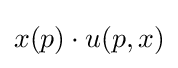
x(p)\cdot u(p,x)